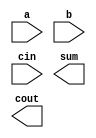
`timescale 1ns/1ps

module RCA_16bit(a,b,cin,sum,cout);

    input [15:0] a,b;
    input cin;
    output [15:0] sum;
    output cout;

	wire  c;
    
	//--- Write your design here ---//

	//--- Write your design here ---//

endmodule

module RCA_8bit(a,b,cin,sum,cout);


    input [7:0] a,b;
	input cin;
    output [7:0] sum;
	output cout;
	
	wire [7:0] c;
    
	//--- Write your design here ---//

	//--- Write your design here ---//

	assign cout = c[7];

endmodule

module fulladder(a,b,cin,sum,cout);
	
	input a, b, cin;
	output sum,cout;
	wire x,y,z,q;

    //sum = (a ^ b) ^ cin;
    //cout = ((a & b) | ((a | b) & cin));
	
	xorgate xor1 (a,b,x);
	xorgate xor2(x,cin,sum);
	andgate and1(a,b,y);
	andgate and2(z,cin,q);
	orgate or1(a,b,z);
	orgate or2(y,q,cout);

endmodule

module andgate (a,b,out);
	
	input a, b;
	output reg out;

	always @ (*)  begin
		#7 out <= a & b;
	end

endmodule

module orgate (a,b,out);
	
	input a, b;
	output reg out;

	always @ (*)  begin
		#4 out <= a | b;
	end

endmodule

module xorgate (a,b,out);
	
	input a,b;
	output out;
	wire x,y,z;

	andgate and1 (a,~b,x);
	andgate and2 (~a,b,y);
	orgate or1 (x,y,out);

endmodule